Leaving Certificate Examination (including Day School Certificate (Higher) General paper), 1929
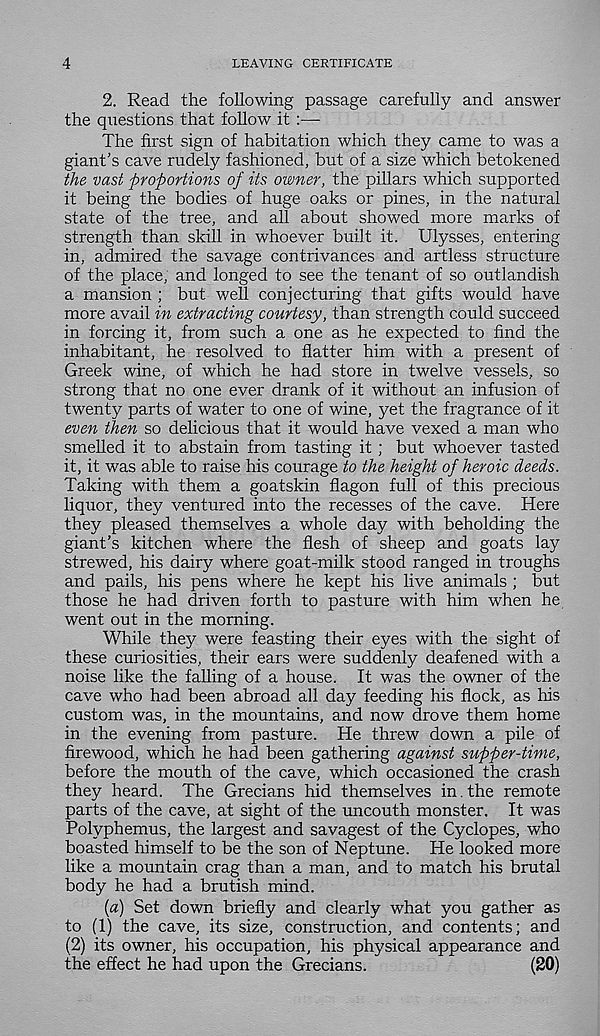
4
LEAVING CERTIFICATE
2. Read the following passage carefully and answer
the questions that follow it :—
The first sign of habitation which they came to was a
giant’s cave rudely fashioned, but of a size which betokened
the vast proportions of its owner, the pillars which supported
it being the bodies of huge oaks or pines, in the natural
state of the tree, and all about showed more marks of
strength than skill in whoever built it. Ulysses, entering
in, admired the savage contrivances and artless structure
of the place, and longed to see the tenant of so outlandish
a mansion ; but well conjecturing that gifts would have
more avail in extracting courtesy, than strength could succeed
in forcing it, from such a one as he expected to find the
inhabitant, he resolved to flatter him with a present of
Greek wine, of which he had store in twelve vessels, so
strong that no one ever drank of it without an infusion of
twenty parts of water to one of wine, yet the fragrance of it
even then so delicious that it would have vexed a man who
smelled it to abstain from tasting it ; but whoever tasted
it, it was able to raise his courage to the height of heroic deeds.
Taking with them a goatskin flagon full of this precious
liquor, they ventured into the recesses of the cave. Here
they pleased themselves a whole day with beholding the
giant’s kitchen where the flesh of sheep and goats lay
strewed, his dairy where goat-milk stood ranged in troughs
and pails, his pens where he kept his live animals ; but
those he had driven forth to pasture with him when he
went out in the morning.
While they were feasting their eyes with the sight of
these curiosities, their ears were suddenly deafened with a
noise like the falling of a house. It was the owner of the
cave who had been abroad all day feeding his flock, as his
custom was, in the mountains, and now drove them home
in the evening from pasture. He threw down a pile of
firewood, which he had been gathering against supper-time,
before the mouth of the cave, which occasioned the crash
they heard. The Grecians hid themselves in.the remote
parts of the cave, at sight of the uncouth monster. It was
Polyphemus, the largest and savagest of the Cyclopes, who
boasted himself to be the son of Neptune. He looked more
like a mountain crag than a man, and to match his brutal
body he had a brutish mind.
{a) Set down briefly and clearly what you gather as
to (1) the cave, its size, construction, and contents; and
(2) its owner, his occupation, his physical appearance and
the effect he had upon the Grecians.
(20)